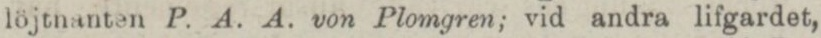
löjtnanten P. A. A. von Plomgren; vid andra lifgardet,